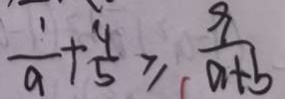
\frac { 1 } { a } + \frac { 4 } { 5 } \geq \frac { 9 } { a + b }